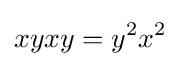
xyxy=y^{2}x^{2}